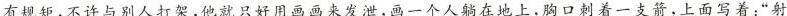
有规矩,不许与别人打架,他就只好用画画来发泄,画一个人躺在地上,胸口刺着一支箭,上面写着:“射